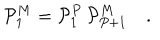
{ \cal P } _ { 1 } ^ { M } = { \cal P } _ { 1 } ^ { P } \, { \cal P } _ { P + 1 } ^ { M } \quad .